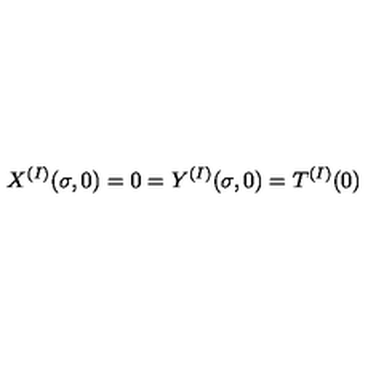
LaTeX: X ^ { ( I ) } ( \sigma , 0 ) = 0 = Y ^ { ( I ) } ( \sigma , 0 ) = T ^ { ( I ) } ( 0 )